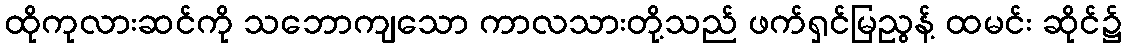
ထိုကုလားဆင်ကို သဘောကျသော ကာလသားတို့သည် ဖက်ရှင်မြညွန့် ထမင်း ဆိုင်၌